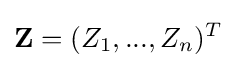
\mathbf {Z} =(Z_{1},...,Z_{n})^{T}